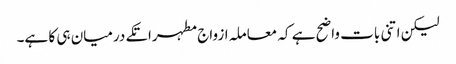
لیکن اتنی بات واضح ہے کہ معاملہ ازواج مطہراتکے درمیان ہی کا ہے۔